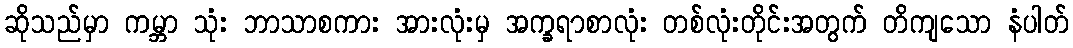
ဆိုသည်မှာ ကမ္ဘာ သုံး ဘာသာစကား အားလုံးမှ အက္ခရာစာလုံး တစ်လုံးတိုင်းအတွက် တိကျသော နံပါတ်